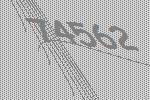
74562